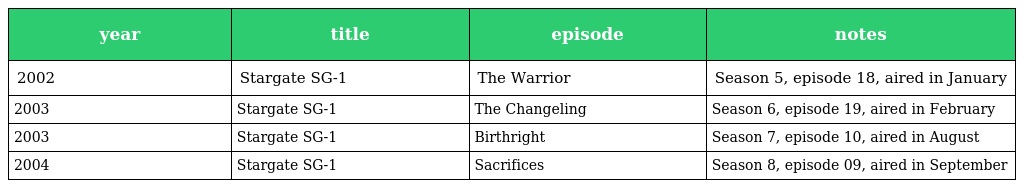
| year | title | episode | notes |
 | --- | --- | --- | --- |
 | 2002 | Stargate SG-1 | The Warrior | Season 5, episode 18, aired in January |
 | 2003 | Stargate SG-1 | The Changeling | Season 6, episode 19, aired in February |
 | 2003 | Stargate SG-1 | Birthright | Season 7, episode 10, aired in August |
 | 2004 | Stargate SG-1 | Sacrifices | Season 8, episode 09, aired in September |